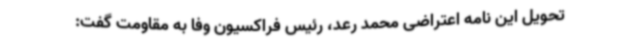
تحویل این نامه اعتراضی محمد رعد،‌ رئیس فراکسیون وفا به مقاومت گفت: